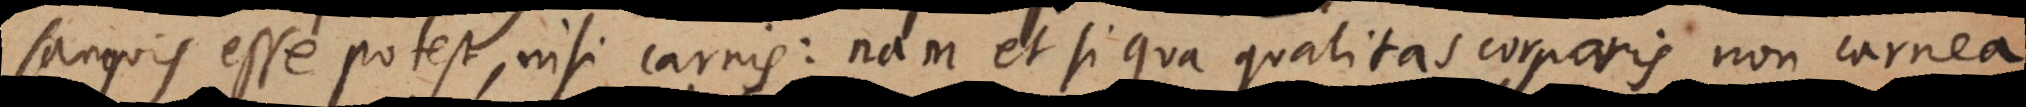
sanguis esse potest, nisi carnis: nam et si qua qualitas corporis non carnea